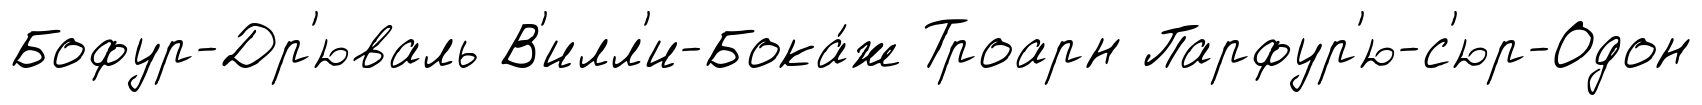
Бофур-Др'юваль В'илл'и-Бока́ж Троарн Парфур'ю-с'юр-Одон